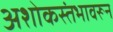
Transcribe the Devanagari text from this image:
अशोकस्तंभावरून